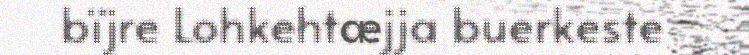
bïjre Lohkehtæjja buerkeste